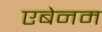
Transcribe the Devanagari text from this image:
एबेनम